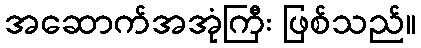
အဆောက်အအုံကြီး ဖြစ်သည်။